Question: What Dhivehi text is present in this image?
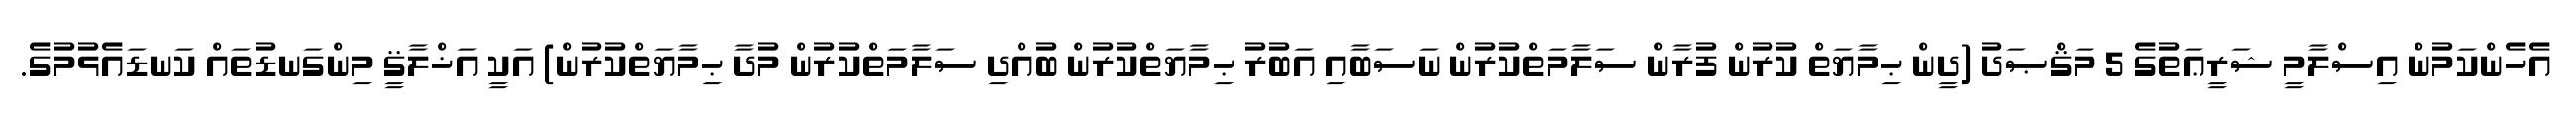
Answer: އެހެންކަމުން އިސްލާމީ ޝަރީޢަތުގެ 5 މަޤްޞަދު (ދީން ޙިމާޔަތް ކުރުން ފުރާން ސަލާމަތްކުރުން ނަސަބާއި އަބުރު ޙިމާޔަތްކުރުން ބުއްދި ސަލާމަތްކުރުން މުދާ ޙިމާޔަތްކުރުން) އަކީ އަޚްލާޤީ މިންގަނޑުތައް ކަނޑައެޅުމުގެ.